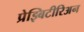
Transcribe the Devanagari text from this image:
प्रेझ्बिटीरिअन